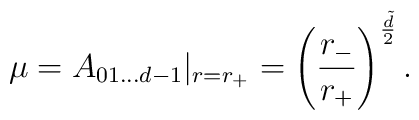
\mu=A_{01...d-1}|_{r=r_+}=\left(\frac{r_-}{r_+}\right)^{\frac{\tilde d}{2}}.